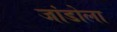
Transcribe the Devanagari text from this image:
जांडोला